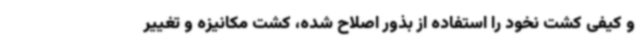
و کیفی کشت نخود را استفاده از بذور اصلاح شده، کشت مکانیزه و تغییر